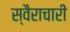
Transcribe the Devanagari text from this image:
स्वैराचारी